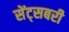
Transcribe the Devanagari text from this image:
सेंट्सबरी